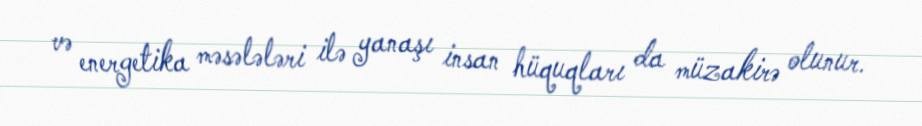
və energetika məsələləri ilə yanaşı insan hüquqları da müzakirə olunur.